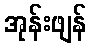
အုန်းဖျန်